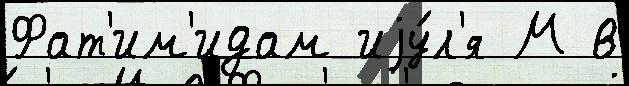
Фат'им'идам иjу́л'я М в